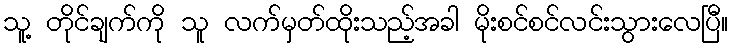
သူ့ တိုင်ချက်ကို သူ လက်မှတ်ထိုးသည့်အခါ မိုးစင်စင်လင်းသွားလေပြီ။